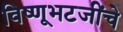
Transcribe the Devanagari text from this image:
विष्णूभटजींचे